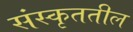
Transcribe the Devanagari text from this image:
संस्कृततील